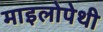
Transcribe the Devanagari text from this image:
माइलोपेथी